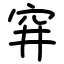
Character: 穽